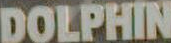
DOLPHIN